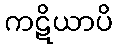
ကဋိယာပိ